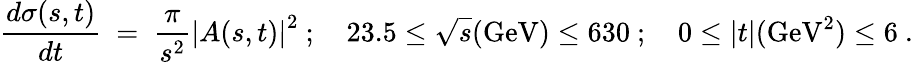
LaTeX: {\frac{d\sigma(s,t)}{dt}}\ =\ {\frac{\pi}{s^{2}}}\left|A(s,t)\right|^{2}\ ;\quad 23.5\leq\sqrt s(\mathrm{GeV})\leq 630\ ;\quad 0\leq|t|(\mathrm{GeV}^{2})\leq 6\ .